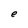
Character: e